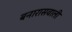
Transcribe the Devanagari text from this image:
बनारासवाली